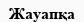
Жауапқа